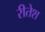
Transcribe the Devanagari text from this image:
रीतेश